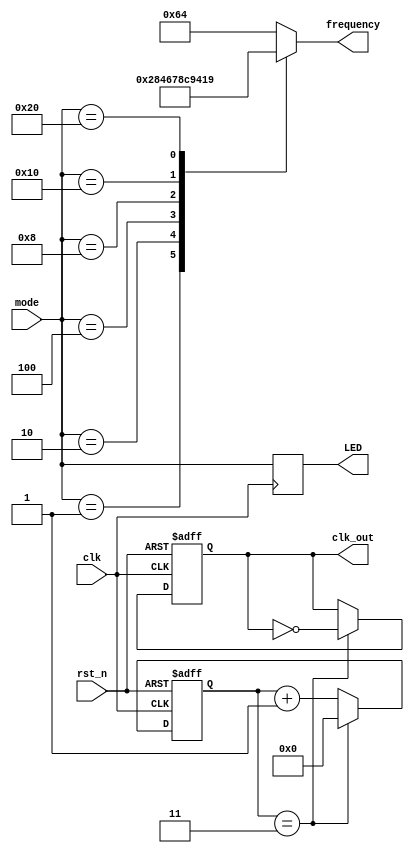
module clk_gen(
	       clk, rst_n, mode,
	       clk_out, LED, frequency,
	       );

   input        clk;
   input 	rst_n;
   input [5:0]	mode;

   output 	clk_out;
   output [5:0] LED;
   output [6:0] frequency;
   reg [5:0]		LED;
   reg			clk_out;
   reg [6:0]  frequency;  
   reg [6:0] 	count;


    always @(*) begin
      case (mode)
        'b000000: frequency = 100;  // delay: 1s
        'b000001: frequency = 80; 
        'b000010: frequency = 70; 
        'b000100: frequency = 60; 
        'b001000: frequency = 50; 
        'b010000: frequency = 40; 
        'b100000: frequency = 25;   //delay: 250ms
        default: frequency = 100;
      endcase
      
    end
   always @(posedge clk)
     LED <= mode;

   always @(posedge clk or negedge rst_n)      
     begin
	if(!rst_n)
	  count <= 'd0;
	else if(count == 'd3)
	  count <= 'd0;
	else
	  count <= count +'d1;
     end
   
   always @(posedge clk or negedge rst_n)      
     begin
	if(!rst_n)
	  clk_out <= 1'b0;
	else if(count == 'd3)
	  clk_out <= ~clk_out;    // clk_out: clk/8
	else
	  clk_out <= clk_out;
     end

endmodule // clk_gen